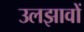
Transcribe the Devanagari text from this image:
उलझावों